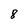
Character: 8